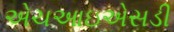
એચઆઇએસડી